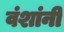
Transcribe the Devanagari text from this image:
वंशांनी